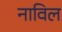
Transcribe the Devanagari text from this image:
नाविल